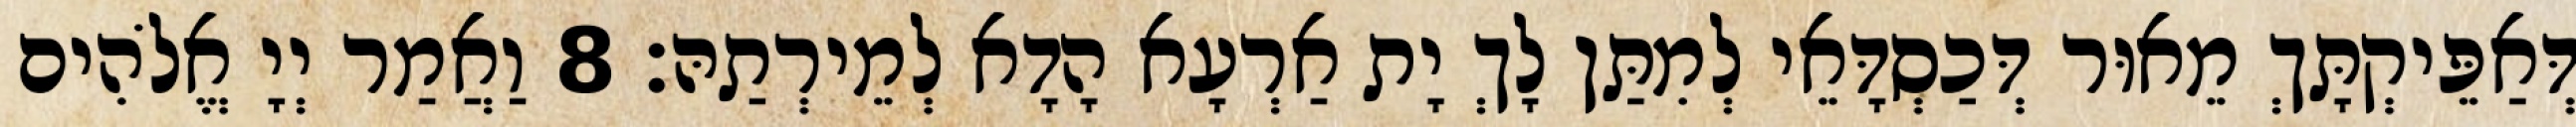
דְּאַפֵּיקְתָּךְ מֵאוּר דְּכַסְדָּאֵי לְמִתַּן לָךְ יָת אַרְעָא הָדָא לְמֵירְתַהּ׃ 8 וַאֲמַר יְיָ אֱלֹהִים